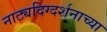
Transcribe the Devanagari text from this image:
नाट्यदिग्दर्शनाच्या